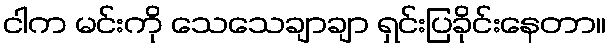
ငါက မင်းကို သေသေချာချာ ရှင်းပြခိုင်းနေတာ။